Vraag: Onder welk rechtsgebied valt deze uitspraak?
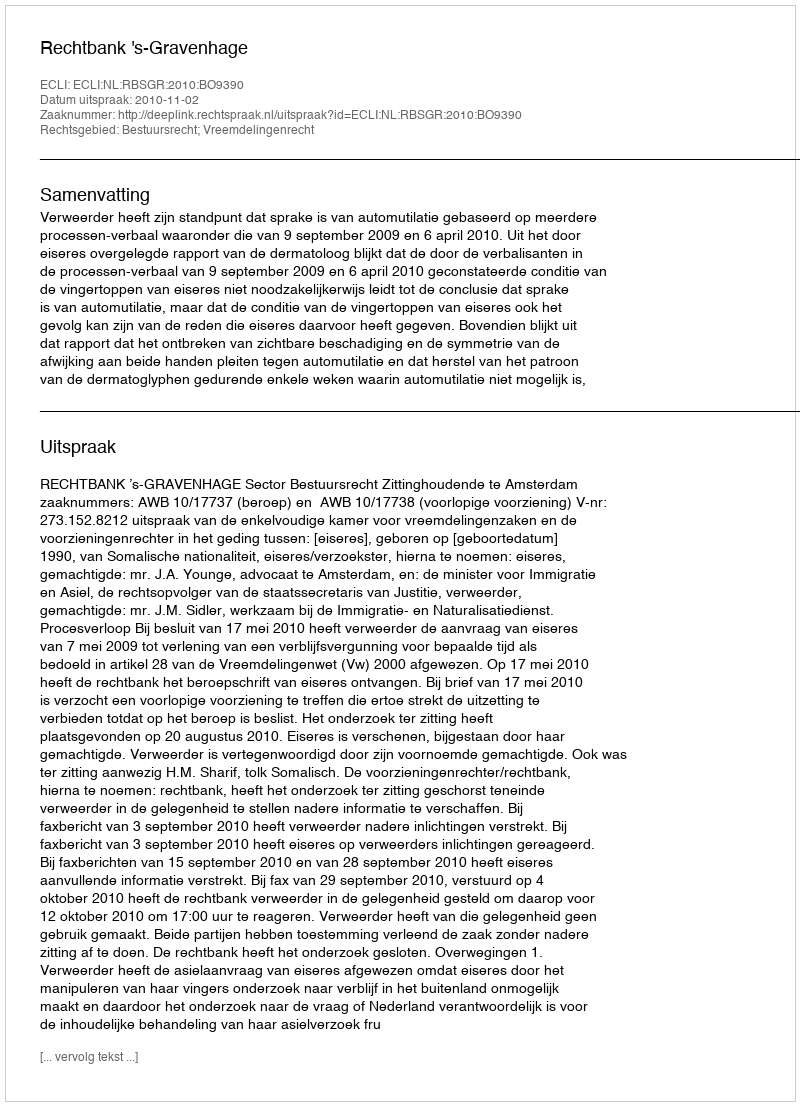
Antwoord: Bestuursrecht; Vreemdelingenrecht